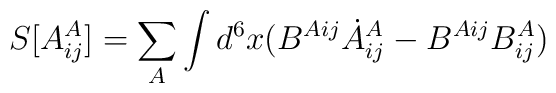
S[A^A_{ij}]= \sum_A\int d^6x (B^{Aij} \dot{A}^A_{ij} - B^{Aij}B^A_{ij})